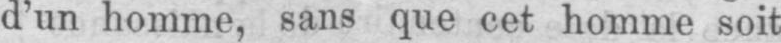
d’un homme, sans que cet homme soit